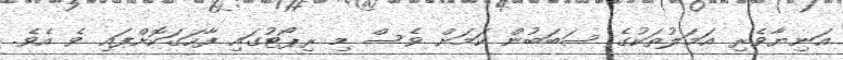
އަނިޔާވެރި އަމަލުތަކުގެ ސަބަބުން ކަމަށް ވެސް މި ރިޕޯޓުގައި ފާހަގަކޮށްފައި ވެ އެވެ.